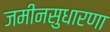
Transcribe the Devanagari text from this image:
जमीनसुधारणा